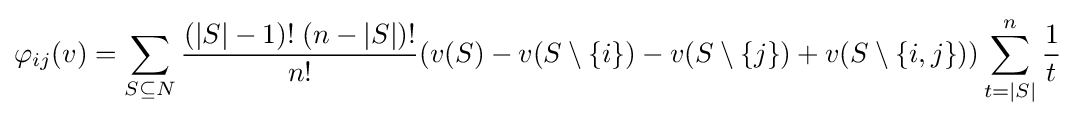
\varphi _{ij}(v)=\sum _{S\subseteq N}{\frac {(|S|-1)!\;(n-|S|)!}{n!}}(v(S)-v(S\setminus \{i\})-v(S\setminus \{j\})+v(S\setminus \{i,j\}))\sum _{t=|S|}^{n}{\frac {1}{t}}